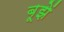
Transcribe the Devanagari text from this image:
बूझें